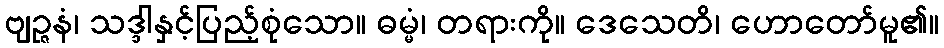
ဗျဉ္ဇနံ၊ သဒ္ဒါနှင့်ပြည့်စုံသော။ ဓမ္မံ၊ တရားကို။ ဒေသေတိ၊ ဟောတော်မူ၏။